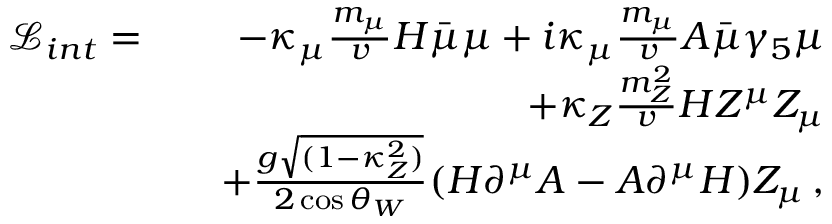
\begin{array} { r l r } { \mathcal { L } _ { i n t } = } & { } & { - \kappa _ { \mu } \frac { m _ { \mu } } { v } H \bar { \mu } \mu + i \kappa _ { \mu } \frac { m _ { \mu } } { v } A \bar { \mu } \gamma _ { 5 } \mu } \\ & { } & { + \kappa _ { Z } \frac { m _ { Z } ^ { 2 } } { v } H Z ^ { \mu } Z _ { \mu } } \\ & { } & { + \frac { g \sqrt { ( 1 - \kappa _ { Z } ^ { 2 } ) } } { 2 \cos \theta _ { W } } ( H \partial ^ { \mu } A - A \partial ^ { \mu } H ) Z _ { \mu } \, , } \end{array}